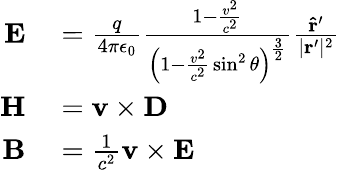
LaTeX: \begin{array}{rl}{\mathbf{E}}&{{}={\frac{q}{4\pi\epsilon_{0}}}{\frac{1-{\frac{v^{2}}{c^{2}}}}{\left(1-{\frac{v^{2}}{c^{2}}}\sin^{2}\theta\right)^{\frac{3}{2}}}}{\frac{\mathbf{{\hat{r}}^{\prime}}}{|\mathbf{r}^{\prime}|^{2}}}}\\ {\mathbf{H}}&{{}=\mathbf{v}\times\mathbf{D}}\\ {\mathbf{B}}&{{}={\frac{1}{c^{2}}}\mathbf{v}\times\mathbf{E}}\end{array}